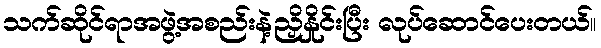
သက်ဆိုင်ရာအဖွဲ့အစည်းနဲ့ညှိနှိုင်းပြီး လုပ်ဆောင်ပေးတယ်။